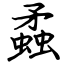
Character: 蟊